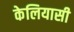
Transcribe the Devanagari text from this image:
केलियासी